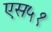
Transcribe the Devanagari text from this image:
एस५१